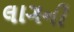
લાગની